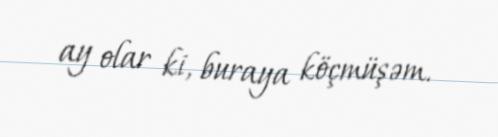
ay olar ki, buraya köçmüşəm.